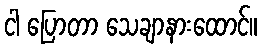
ငါ ပြောတာ သေချာနားထောင်။